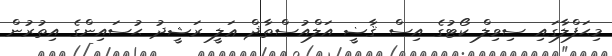
މިޙަފްލާގައި ސިވިލް ކޯޓުގެ އިސް ޤާޟީ އަލްއުސްތާޛް ޢަލީ ރަޝީދު ޙުސައިންގެ އިތުރުން